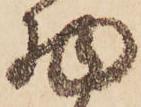
物